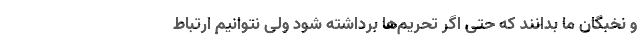
و نخبگان ما بدانند که حتی اگر تحریم‌ها برداشته شود ولی نتوانیم ارتباط